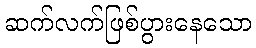
ဆက်လက်ဖြစ်ပွားနေသော